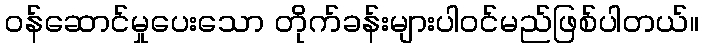
ဝန်ဆောင်မှုပေးသော တိုက်ခန်းများပါဝင်မည်ဖြစ်ပါတယ်။